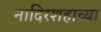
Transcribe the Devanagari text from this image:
नादिरशहाच्या